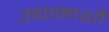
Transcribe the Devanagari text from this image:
उद्यानाशी